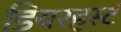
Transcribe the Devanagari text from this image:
डियरहर्स्ट